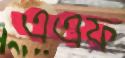
এএফ